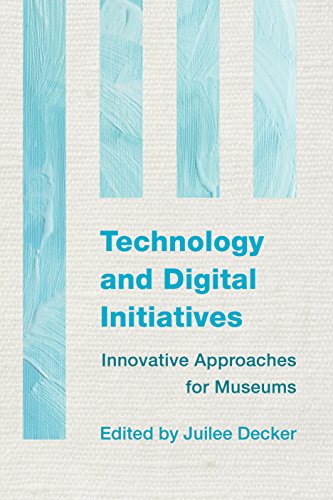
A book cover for Technology and Digital Initiatives: Innovative Approaches for Museums; Business & Money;